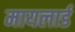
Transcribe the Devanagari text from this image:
मायलार्ड